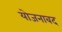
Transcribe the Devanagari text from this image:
योजनाबद